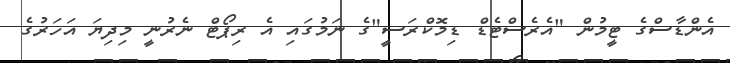
އެންޑާސްގެ ޓީމުން "އެރެސްޓެޑް ޑިމޮކްރަސީ"ގެ ނަމުގައި އެ ރިޕޯޓް ނެރުނީ މިދިޔަ އަހަރުގެ